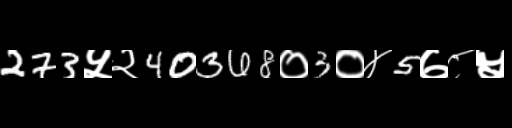
Text: 273५२40368०3०४5७८५